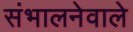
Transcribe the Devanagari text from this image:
संभालनेवाले